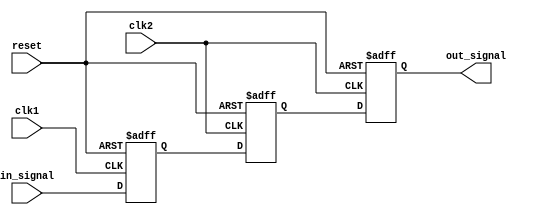
module three_flop_synchronizer (
    input wire clk1, // Clock signal for the first flip-flop
    input wire clk2, // Clock signal for the second flip-flop
    input wire reset, // Reset signal for the synchronizer
    input wire in_signal, // Input signal to be synchronized
    output reg out_signal // Synchronized output signal
);

reg flop1, flop2, flop3;

always @(posedge clk1 or posedge reset) begin
    if (reset) begin
        flop1 <= 1'b0;
    end else begin
        flop1 <= in_signal;
    end
end

always @(posedge clk2 or posedge reset) begin
    if (reset) begin
        flop2 <= 1'b0;
    end else begin
        flop2 <= flop1;
    end
end

always @(posedge clk2 or posedge reset) begin
    if (reset) begin
        flop3 <= 1'b0;
    end else begin
        flop3 <= flop2;
    end
end

assign out_signal = flop3;

endmodule